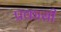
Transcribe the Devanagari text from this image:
प्रकासी